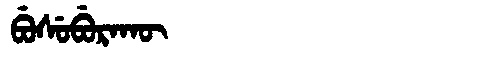
Manchu: ᠪᡠᠰᡠᠪᡠᡵᠠᡴᡡ
Romanization: BUSUBURAKŪ